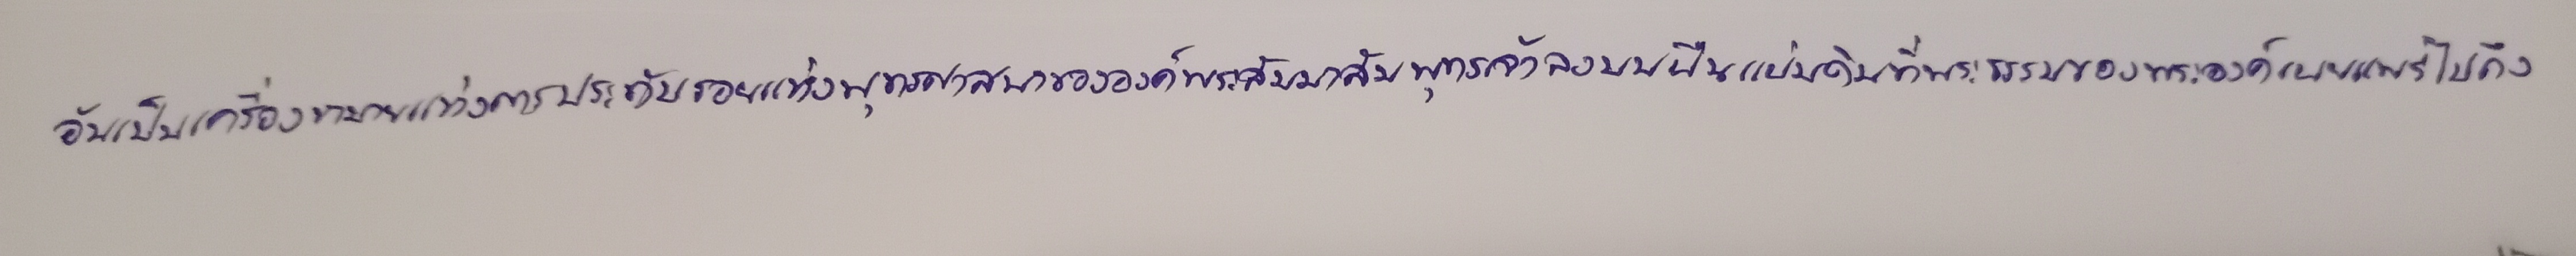
อันเป็นเครื่องหมายแห่งการประทับรอยแห่งพุทธศาสนาขององค์พระสัมมาสัมพุทธเจ้าลงบนผืนแผ่นดินที่พระธรรมของพระองค์เผยแพร่ไปถึง